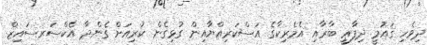
ދިވެހި ޤައުމީ ދިފާޢީ ބާރާއި އެމެރިކާގެ އަސްކަރިއްޔާއިން ގުޅިގެން ކުރިއަށް ގެންދާ އެކްސަރސައިޒް